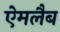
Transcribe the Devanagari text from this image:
ऐमलैब